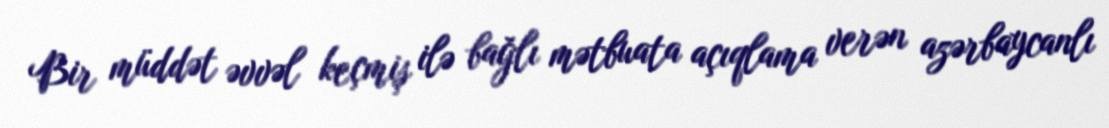
Bir müddət əvvəl keçmiş ilə bağlı mətbuata açıqlama verən azərbaycanlı